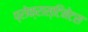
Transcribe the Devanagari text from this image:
प्रोक्रास्टिनेटस